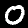
Digit: 0